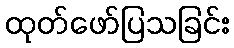
ထုတ်ဖော်ပြသခြင်း